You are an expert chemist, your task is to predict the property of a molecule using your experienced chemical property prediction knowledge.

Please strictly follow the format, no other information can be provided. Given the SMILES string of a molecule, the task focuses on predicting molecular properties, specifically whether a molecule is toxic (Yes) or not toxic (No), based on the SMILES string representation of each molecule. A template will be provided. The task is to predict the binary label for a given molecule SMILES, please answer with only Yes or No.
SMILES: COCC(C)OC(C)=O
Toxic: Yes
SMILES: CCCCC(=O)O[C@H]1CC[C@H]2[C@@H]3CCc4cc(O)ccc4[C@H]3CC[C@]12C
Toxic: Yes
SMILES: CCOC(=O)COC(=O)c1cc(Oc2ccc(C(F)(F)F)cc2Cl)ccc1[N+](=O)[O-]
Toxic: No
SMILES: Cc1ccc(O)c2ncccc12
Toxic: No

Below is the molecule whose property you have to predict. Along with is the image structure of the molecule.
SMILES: [TlH2+]
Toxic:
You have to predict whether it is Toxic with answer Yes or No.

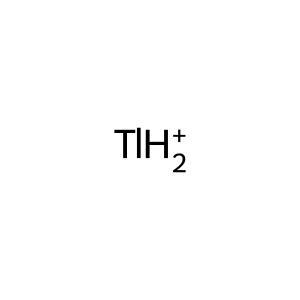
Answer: No